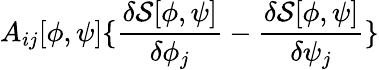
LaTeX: A_{ij}[\phi,\psi]\{ \frac{\delta{\mathcal{S}}[\phi,\psi]}{\delta\phi_{j}}-\frac{\delta{\mathcal{S}}[\phi,\psi]}{\delta\psi_{j}}\}